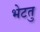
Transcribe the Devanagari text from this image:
भेटतु